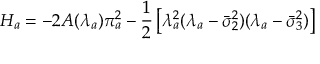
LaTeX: H _ { a } = - 2 A ( \lambda _ { a } ) \pi _ { a } ^ { 2 } - \frac { 1 } { 2 } \left[ \lambda _ { a } ^ { 2 } ( \lambda _ { a } - \bar { \sigma } _ { 2 } ^ { 2 } ) ( \lambda _ { a } - \bar { \sigma } _ { 3 } ^ { 2 } ) \right]